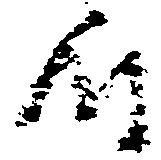
時